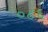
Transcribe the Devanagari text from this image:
०८६